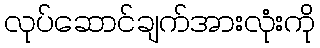
လုပ်ဆောင်ချက်အားလုံးကို